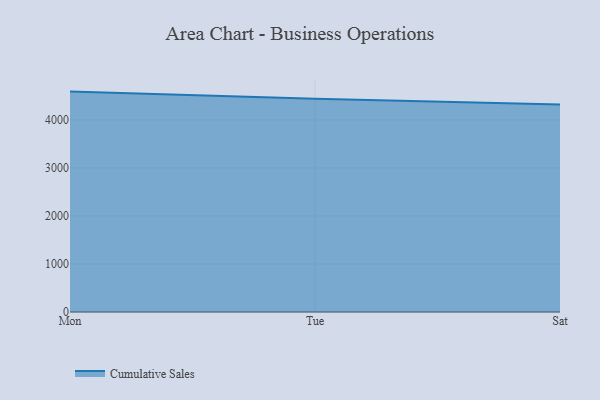
{"axis": {"x": "Day", "y": "Churn Rate (%)"}, "legend": ["Cumulative Sales"], "data": [{"x": "Mon", "y": 4589.6, "type": "Cumulative Sales"}, {"x": "Tue", "y": 4440.0, "type": "Cumulative Sales"}, {"x": "Sat", "y": 4322.7, "type": "Cumulative Sales"}]}